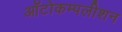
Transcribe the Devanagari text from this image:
ऑटोकम्पलीशन